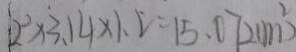
2 ^ { 2 } \times 3 . 1 4 \times 1 . 2 = 1 5 . 0 7 2 ( m ^ { 2 } )